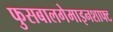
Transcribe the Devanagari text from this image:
फुसबालगेमाइनशाफ्ट